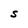
Character: S